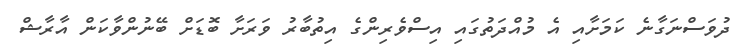
ދުވަސްނަގާނެ ކަމަށާއި އެ މުއްދަތުގައި އިސްވެރިންގެ އިތުބާރު ވަރަށާ ބޮޑަށް ބޭނުންވާކަން އާރާޝް